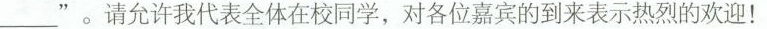
__”。请允许我代表全体在校同学，对各位嘉宾的到来表示热烈的欢迎！